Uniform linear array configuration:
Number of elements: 32
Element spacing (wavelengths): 0.25
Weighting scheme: hamming
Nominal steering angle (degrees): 60
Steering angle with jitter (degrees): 58.018
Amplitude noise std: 0.05
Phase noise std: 0.05

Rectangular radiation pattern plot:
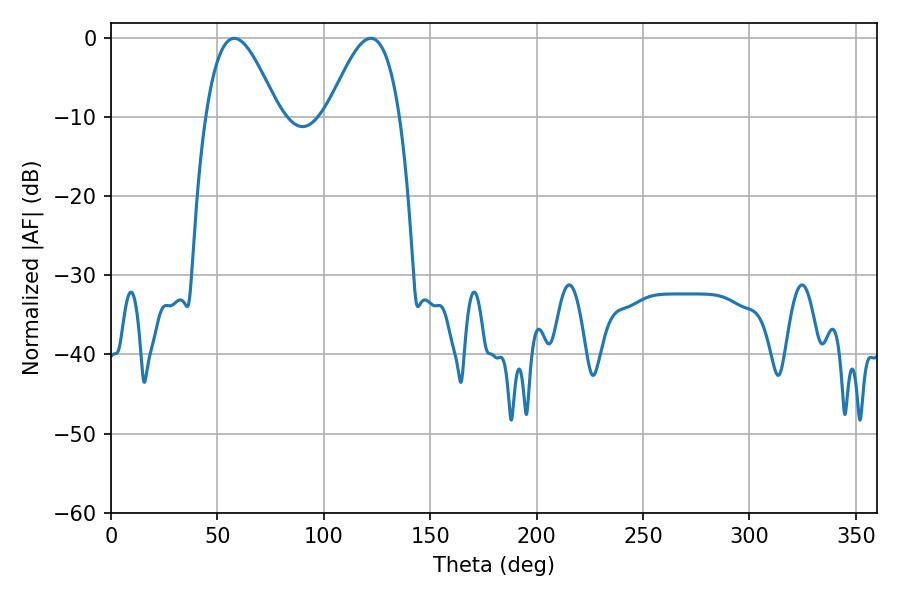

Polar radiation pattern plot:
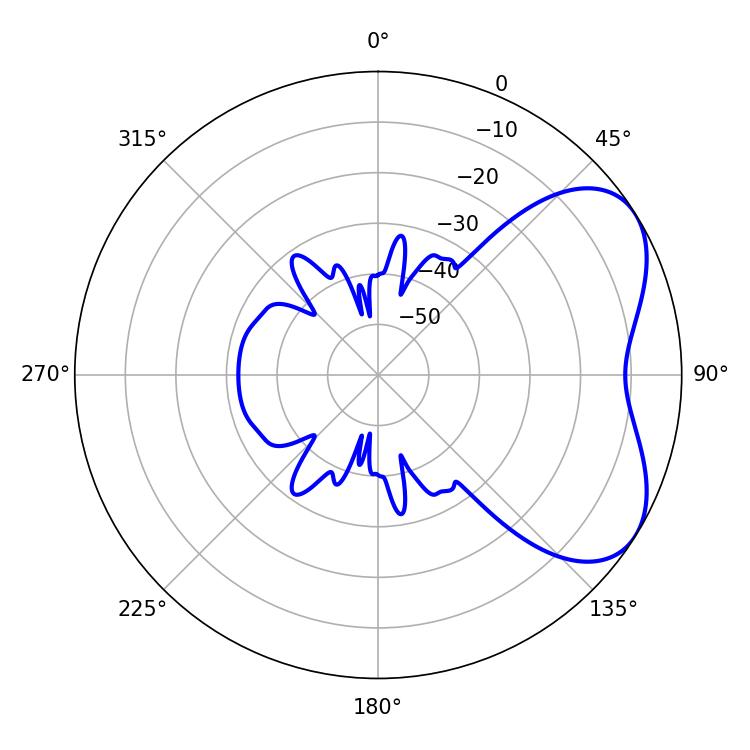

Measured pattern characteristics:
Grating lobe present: FALSE
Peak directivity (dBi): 5.054
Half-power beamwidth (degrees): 18.36
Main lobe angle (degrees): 57.96